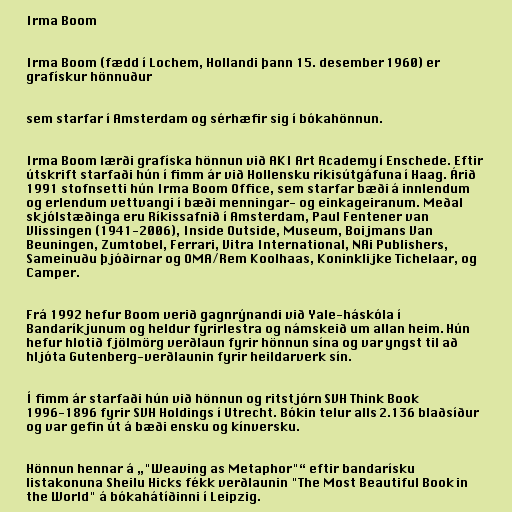
Irma Boom

Irma Boom (fædd í Lochem, Hollandi þann 15. desember 1960) er
grafískur hönnuður

sem starfar í Amsterdam og sérhæfir sig í bókahönnun.

Irma Boom lærði grafíska hönnun við AKI Art Academy í Enschede. Eftir
útskrift starfaði hún í fimm ár við Hollensku ríkisútgáfuna í Haag. Árið
1991 stofnsetti hún Irma Boom Office, sem starfar bæði á innlendum
og erlendum vettvangi í bæði menningar- og einkageiranum. Meðal
skjólstæðinga eru Ríkissafnið í Amsterdam, Paul Fentener van
Vlissingen (1941-2006), Inside Outside, Museum, Boijmans Van
Beuningen, Zumtobel, Ferrari, Vitra International, NAi Publishers,
Sameinuðu þjóðirnar og OMA/Rem Koolhaas, Koninklijke Tichelaar, og
Camper.

Frá 1992 hefur Boom verið gagnrýnandi við Yale-háskóla í
Bandaríkjunum og heldur fyrirlestra og námskeið um allan heim. Hún
hefur hlotið fjölmörg verðlaun fyrir hönnun sína og var yngst til að
hljóta Gutenberg-verðlaunin fyrir heildarverk sín.

Í fimm ár starfaði hún við hönnun og ritstjórn SVH Think Book
1996-1896 fyrir SVH Holdings í Utrecht. Bókin telur alls 2.136 blaðsíður
og var gefin út á bæði ensku og kínversku.

Hönnun hennar á „"Weaving as Metaphor"“ eftir bandarísku
listakonuna Sheilu Hicks fékk verðlaunin "The Most Beautiful Book in
the World" á bókahátíðinni í Leipzig.